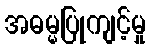
အဓမ္မပြုကျင့်မှု